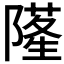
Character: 𨼜